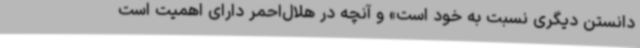
دانستن دیگری نسبت به خود است» و آنچه در هلال‌احمر دارای اهمیت است